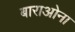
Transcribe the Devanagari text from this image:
बाराओना